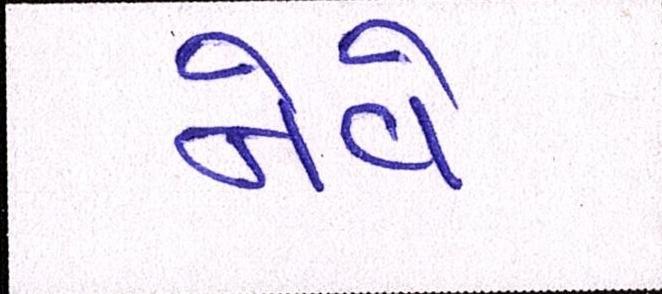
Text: નેવે